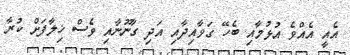
އެއީ އެއްވެ އުޅުމާއި ބެހޭ ގަވާއިދާއި އަދި ގާނޫނާއި ވެސް ޚިލާފަށް ކުރާ